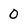
Character: 0